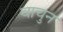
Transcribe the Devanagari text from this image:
वाचुन